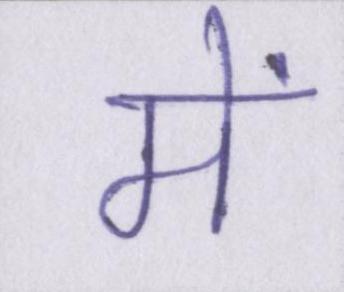
में